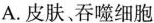
A.皮肤吞噬细胞